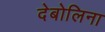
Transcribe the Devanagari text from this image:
देबोलिना